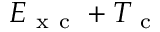
E _ { \mathrm { ~ x ~ c ~ } } + T _ { \mathrm { ~ c ~ } }